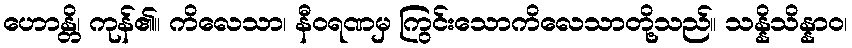
ဟောန္တိ၊ ကုန်၏။ ကိလေသာ၊ နီဝရဏမှ ကြွင်းသောကိလေသာတို့သည်။ သန္နိသိန္နာဝ၊